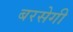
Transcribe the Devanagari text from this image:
बरसेगी